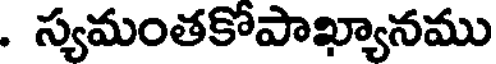
. స్యమంతకోపాఖ్యానము